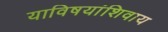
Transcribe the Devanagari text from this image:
याविषयांशिवाय